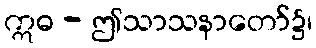
ဣဓ - ဤသာသနာတော်၌၊